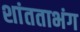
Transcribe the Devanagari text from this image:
शांतताभंग